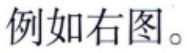
例如右图。